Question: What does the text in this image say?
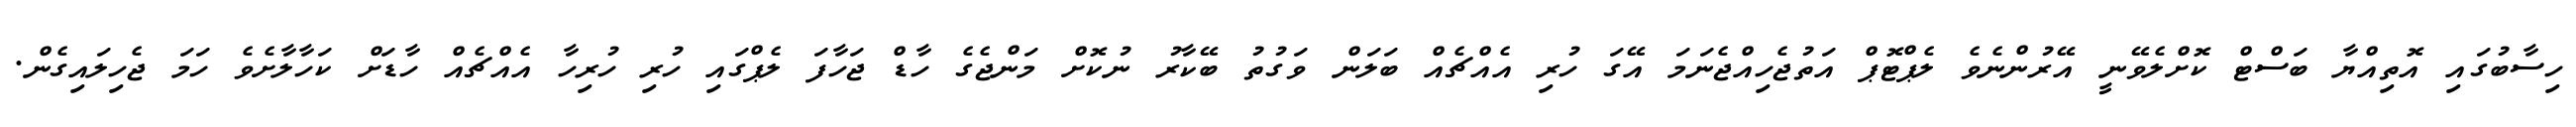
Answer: ހިސާބުގައި އޮތިއްޔާ ބަސްޓް ކޮށްލެވޭނީ އޭރުންނެވެ ލެޕްޓޮޕް އަތުޖެހިއްޖެނަމަ އޭގަ ހުރި އެއްޗެއް ބަލަން ވަގުތު ބޭކާރު ނުކޮށް މަންޖެގެ ހާޑް ޖަހާފަ ލެޕްގައި ހުރި ހުރިހާ އެއްޗެއް ހާޑަށް ކަހާލާށެވެ ހަމަ ޖެހިލައިގެން.